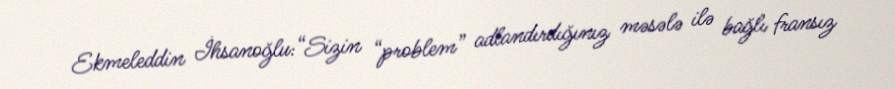
Ekmeleddin İhsanoğlu:“Sizin “problem” adlandırdığınız məsələ ilə bağlı fransız